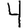
Digit: 4